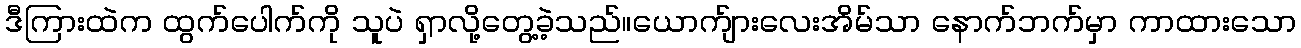
ဒီကြားထဲက ထွက်ပေါက်ကို သူပဲ ရှာလို့တွေ့ခဲ့သည်။ယောက်ျားလေးအိမ်သာ နောက်ဘက်မှာ ကာထားသော